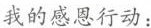
我的感恩行动：